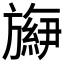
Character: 𬀕